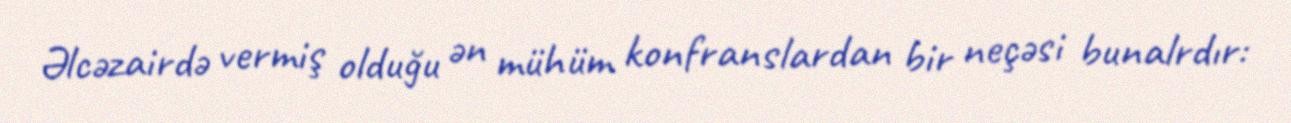
Əlcəzairdə vermiş olduğu ən mühüm konfranslardan bir neçəsi bunalrdır: